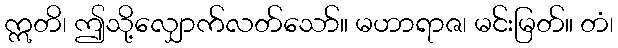
ဣတိ၊ ဤသို့လျှောက်လတ်သော်။ မဟာရာဇ၊ မင်းမြတ်။ တံ၊